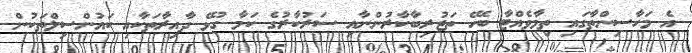
އެ މަހާސިންތާގައި ތިމާވެއްޓާ ބެހޭ ތަޖުރިބާކާރުންނާއި ސަރުކާރުގެ ކަމާ ގުޅޭ ދާއިރާތަކާއި ކައުންސިލްތަކުން